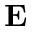
{ \bf E }